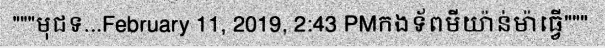
"""មុជទ...February 11, 2019, 2:43 PMកងទ័ពមីយ៉ាន់ម៉ាធ្វើ"""